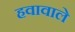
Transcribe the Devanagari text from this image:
हवावाले